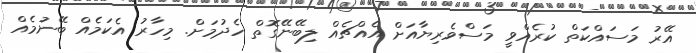
އޭރު މަސައްކަތް ކުރެއްވީ މަސްވެރިޔާއަށް އެއްޗެއް ލިބޭނޭގޮތް ހެދުމަށް. މިހާރު އެކަމެއް ބޭނުމެއް